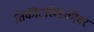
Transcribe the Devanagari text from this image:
तिकीटखिडकीवर